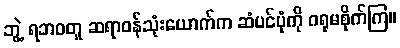
ဘွဲ့ ရဘဝတူ ဆရာဝန်သုံးယောက်က ဆံပင်ပုံကို ဂရုမစိုက်ကြ။